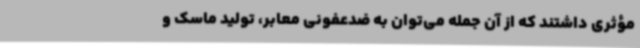
مؤثری داشتند که از آن جمله می‌توان به ضدعفونی معابر، تولید ماسک و